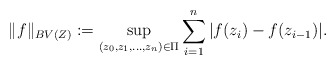
\begin{align*} \|f\|_{BV(Z)} := \sup_{(z_0, z_1, \ldots, z_n) \in \Pi} \sum_{i=1}^n |f(z_i) - f(z_{i-1})|.\end{align*}